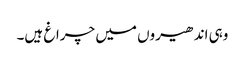
وہی اندھیروں میں چراغ ہیں۔